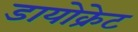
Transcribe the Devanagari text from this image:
डायोक्रेट